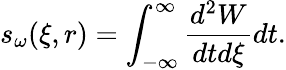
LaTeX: s_{\omega}(\xi,r)=\int_{-\infty}^{\infty}\frac{d^{2}W}{dtd\xi}dt.